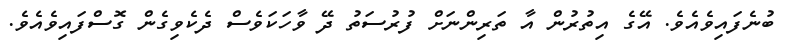
ބުނެފައިވެއެވެ. އޭގެ އިތުރުން އާ ތަރިންނަށް ފުރުސަތު ދޭ ވާހަކަވެސް ދެކެވިގެން ގޮސްފައިވެއެވެ.